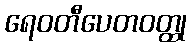
ရေဝတီပေတဝတ္ထု